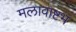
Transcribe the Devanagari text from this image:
मलावाष्टभ